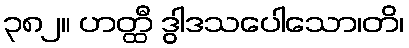
၃၈၂။ ဟတ္ထီ ဒွါဒသပေါသော၊တိ၊